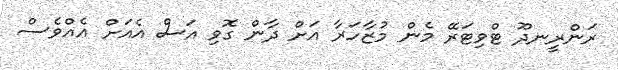
ރަންރީނދޫ ޓްވިޓަރޭ މެން މުޒާހަރާ އަށް ދާން ގޮވި އަސް އެއަށް އެއްވެސް